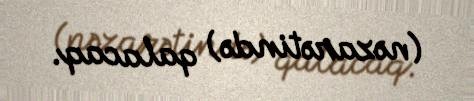
(nəzarətində) qalacaq.